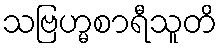
သဗြဟ္မစာရီသူတိ